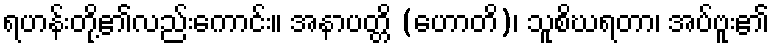
ရဟန်းတို့၏လည်းကောင်း။ အနာပတ္တိ (ဟောတိ)၊ သူစိဃရတာ၊ အပ်ဗူး၏